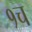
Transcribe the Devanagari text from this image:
१च